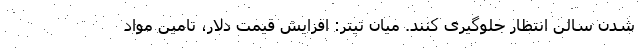
شدن سالن انتظار جلوگیری کنند. میان تیتر: افزایش قیمت دلار، تامین مواد